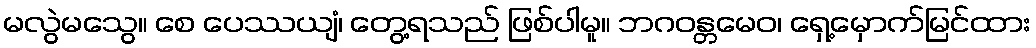
မလွဲမသွေ။ စေ ပေဿယျံ၊ တွေ့ရသည် ဖြစ်ပါမူ။ ဘဂဝန္တမေဝ၊ ရှေ့မှောက်မြင်ထား